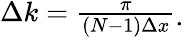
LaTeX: \begin{array}{r}{\Delta k=\frac{\pi}{\left(N-1\right)\Delta x}}\end{array}.